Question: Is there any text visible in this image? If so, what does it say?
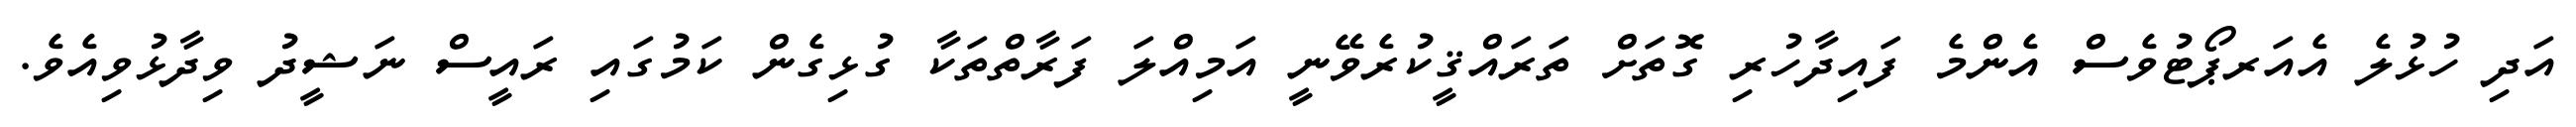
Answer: އަދި ހުޅުލެ އެއަރޕޯޓުވެސް އެންމެ ފައިދާހުރި ގޮތަށް ތަރައްޤީކުރެވޭނީ އަމިއްލަ ފަރާތްތަކާ ގުޅިގެން ކަމުގައި ރައީސް ނަޝީދު ވިދާޅުވިއެވެ.